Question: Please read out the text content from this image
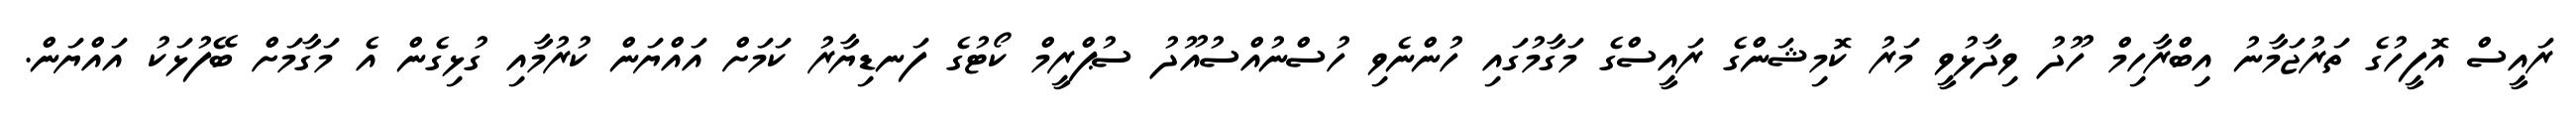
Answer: ރައީސް އޮފީހުގެ ތަރުޖަމާނު އިބްރާހިމް ހޫދު ވިދާޅުވީ މަރު ކޮމިޝަންގެ ރައީސްގެ މަގާމުގައި ހުންނެވި ހުސްނުއްސުއޫދު ސުޕްރީމް ކޯޓުގެ ފަނޑިޔާރު ކަމަށް އައްޔަން ކުރުމާއި ގުޅިގެން އެ މަގާމަށް ބޭފުޅަކު އައްޔަން.